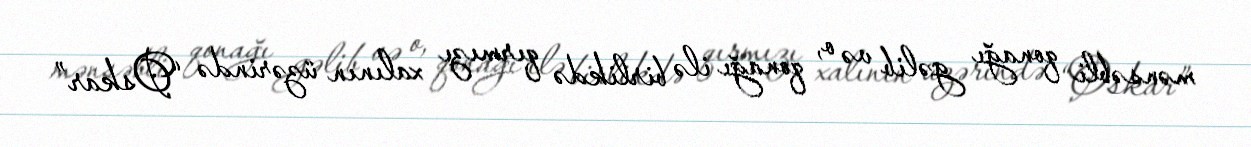
mənsəbli qonağı gəlib və o, qonağı ilə birlikdə qırmızı xalının üzərində “Oskar”